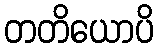
တတိယောပိ